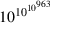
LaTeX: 1 0 ^ { \, \! 1 0 ^ { 1 0 ^ { 9 6 3 } } }